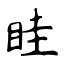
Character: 眭